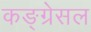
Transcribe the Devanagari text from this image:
कङ्ग्रेसल